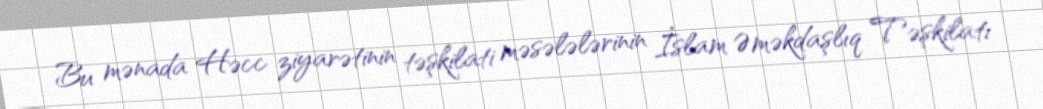
Bu mənada Həcc ziyarətinin təşkilati məsələlərinin İslam Əməkdaşlıq Təşkilatı